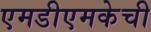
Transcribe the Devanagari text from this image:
एमडीएमकेची